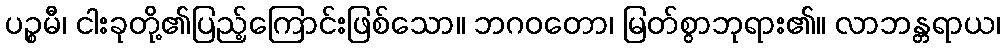
ပဉ္စမီ၊ ငါးခုတို့၏ပြည့်ကြောင်းဖြစ်သော။ ဘဂဝတော၊ မြတ်စွာဘုရား၏။ လာဘန္တရာယ၊